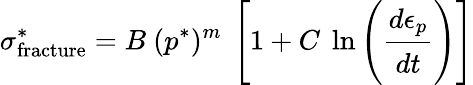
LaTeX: \sigma_{\mathrm{{fracture}}}^{*}=B~(p^{*})^{m}~\left[1+C~\ln\left({\cfrac{d\epsilon_{p}}{dt}}\right)\right]